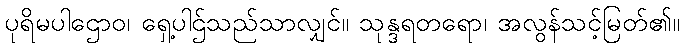
ပုရိမပါဌောဝ၊ ရှေ့ပါဌ်သည်သာလျှင်။ သုန္ဒရတရော၊ အလွန်သင့်မြတ်၏။